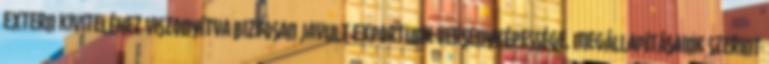
extern kiviteléhez viszonyítva biztosan javult exportunk versenyképessége. Megállapításaink szerint